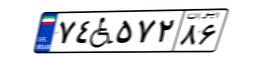
۳۱W۶۳۲۵۸